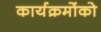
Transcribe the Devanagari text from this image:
कार्यक्रमोंको